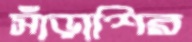
সাঁড়াশির